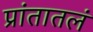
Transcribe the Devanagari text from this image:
प्रांतातलं